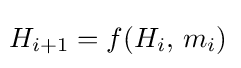
\!H_{i+1}=f(H_{i},\,m_{i})